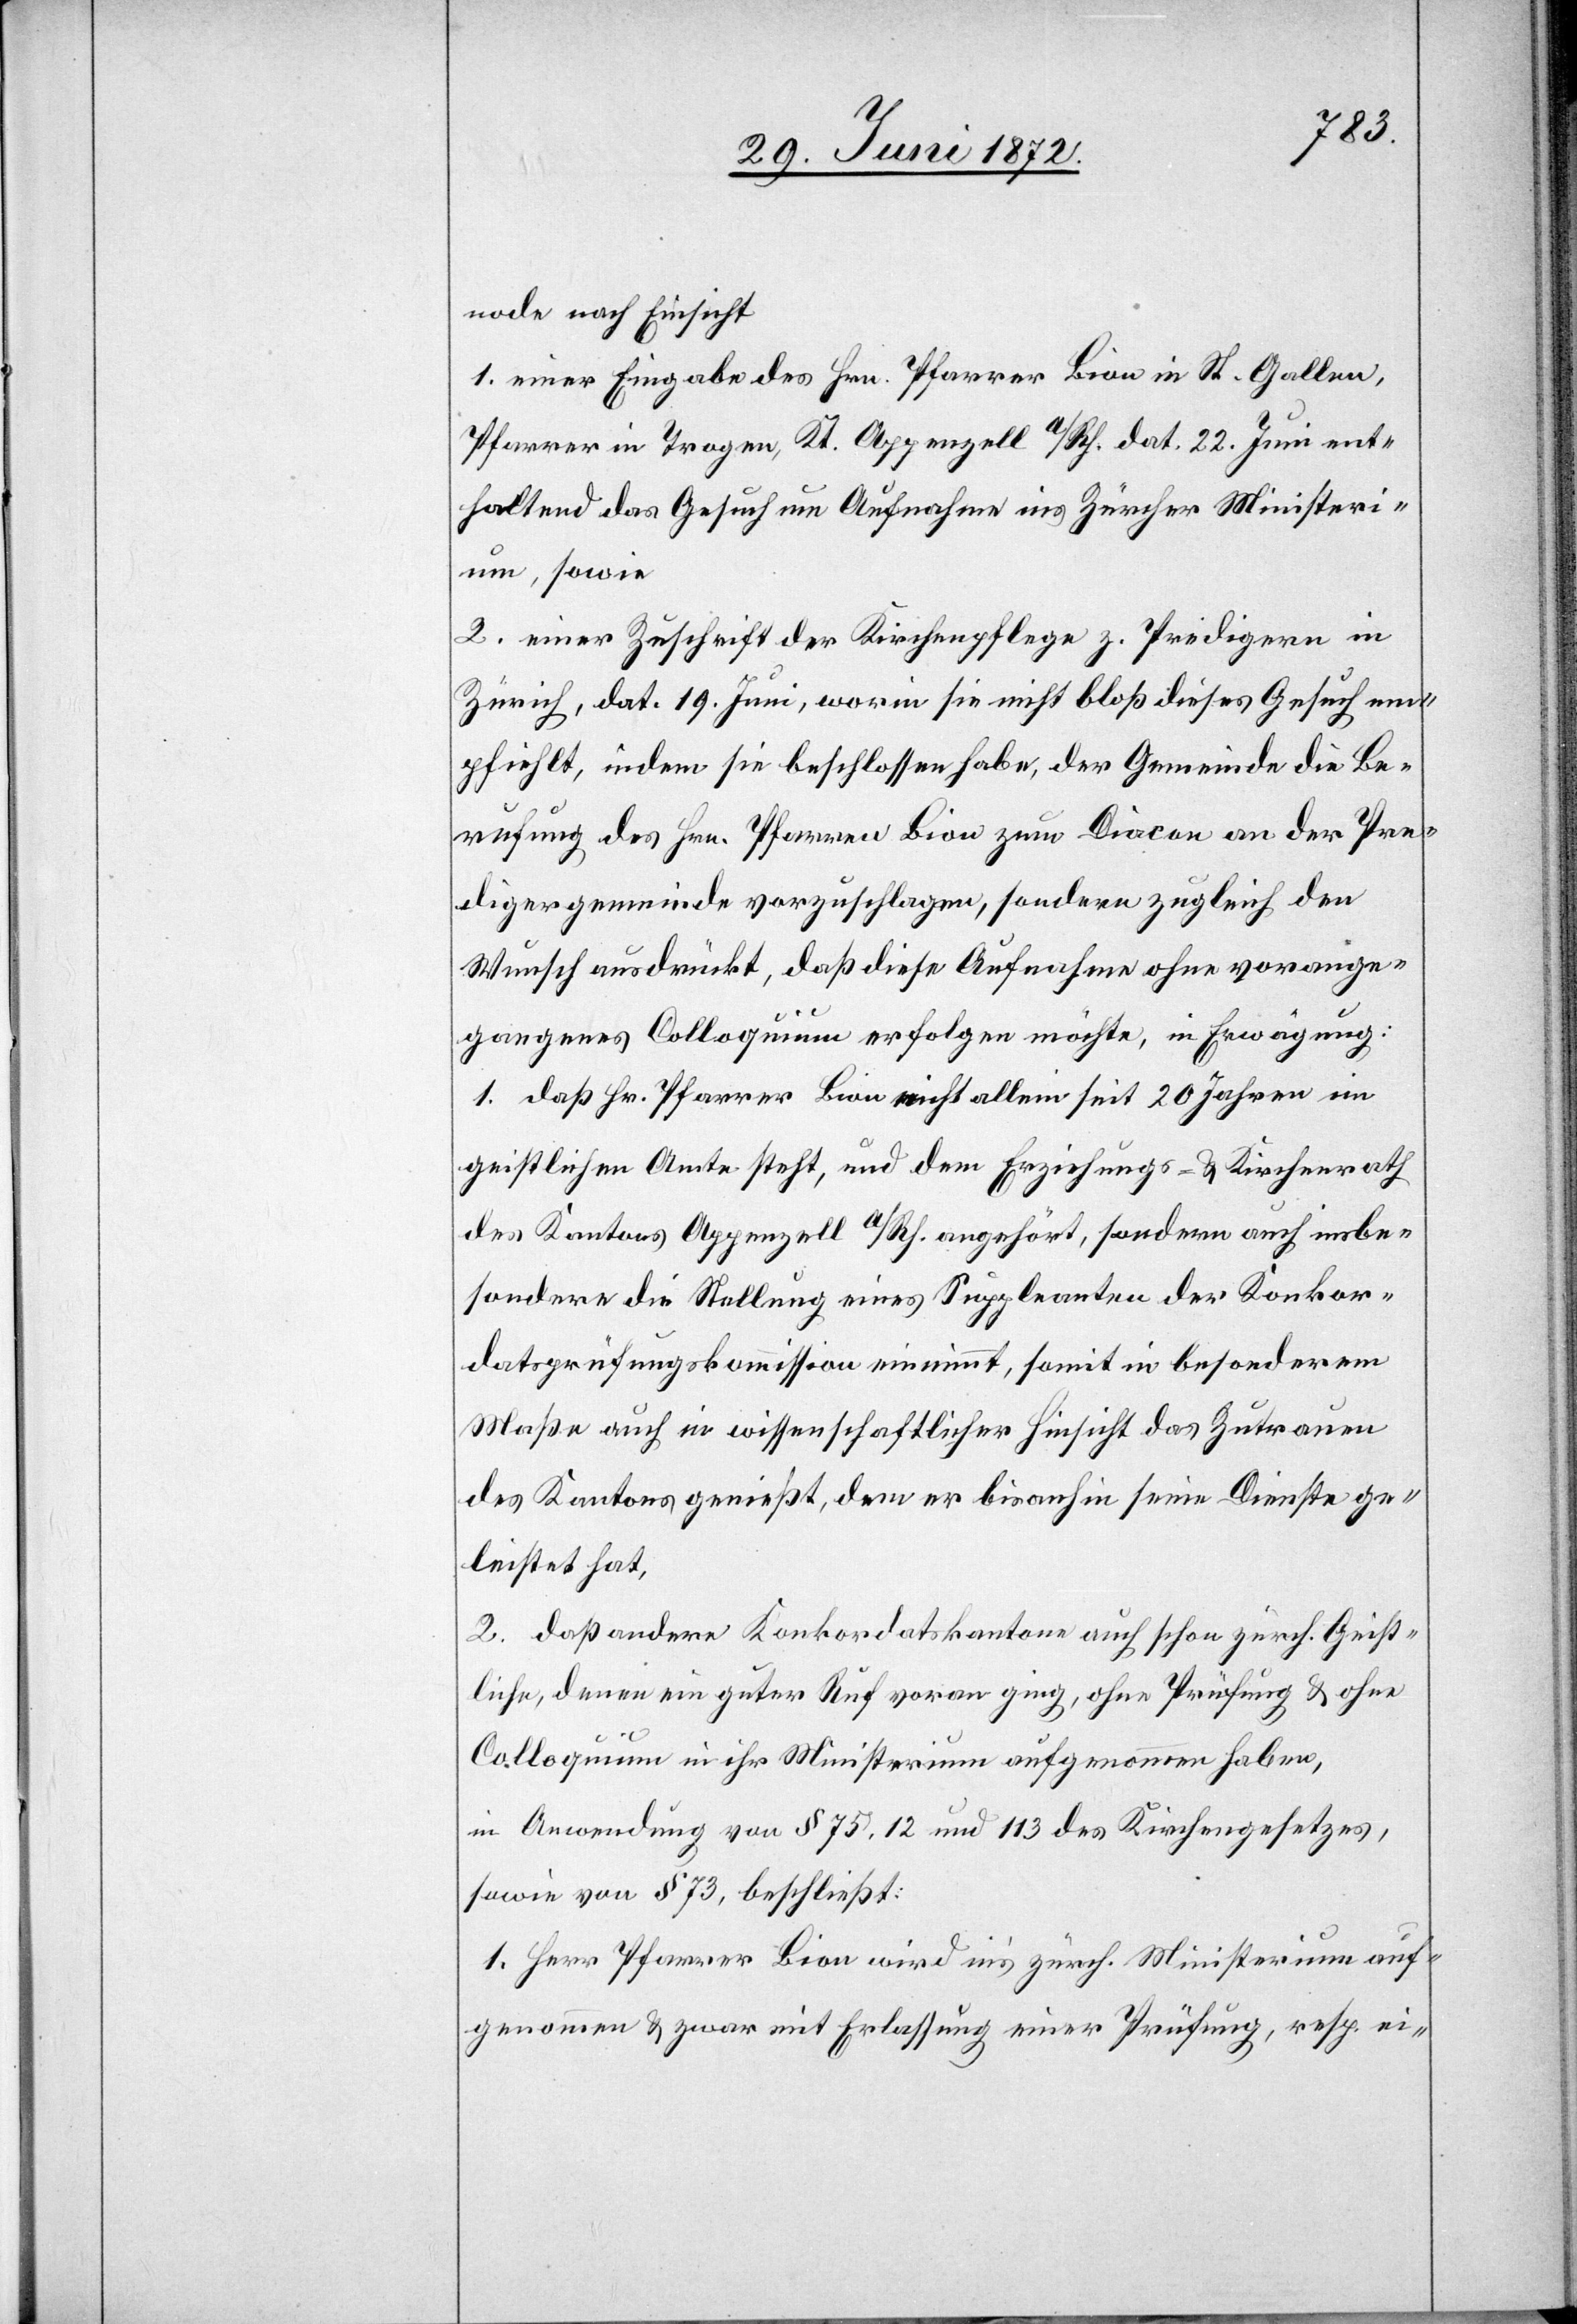
node nach Einsicht
1. einer Eingabe des Hrn. Pfarrer Bion in St. Gallen,
Pfarrer in Trogen, Kt. Appenzell a/Rh. dat. 22. Juni ent¬
haltend das Gesuch um Aufnahme ins Zürcher Ministeri¬
um, sowie
2. einer Zuschrift der Kirchenpflege z. Predigern in
Zürich, dat. 19. Juni, worin sie nicht bloß dieses Gesuch em¬
pfiehlt, indem sie beschlossen habe, der Gemeinde die Be¬
rufung des Hrn. Pfarren [sic!] Bion zum Diacon an der Pre¬
digergemeinde vorzuschlagen, sondern zugleich den
Wunsch ausdrückt, daß diese Aufnahme ohne vorange¬
gangenes Colloquium erfolgen möchte, in Erwägung:
1. daß Hr. Pfarrer Bion nicht allein seit 20 Jahren im
geistlichen Amte steht, und dem Erziehungs- u. Kirchenrath
des Kantons Appenzell a/Rh. angehört, sondern auch insbe¬
sondere die Stellung eines Suppleanten der Konkor¬
datsprüfungskommission einnimmt, somit in besonderem
Maße auch in wissenschaftlicher Hinsicht das Zutrauen
des Kantons genießt, dem er bisanhin seine Dienste ge¬
leistet hat,
2. daß andere Konkordatskantone auch schon zürch. Geist¬
liche, denen ein guter Ruf voran ging, ohne Prüfung u. ohne
Colloquium in ihr Ministerium aufgenommen haben,
in Anordnung von § 75, 12 und 113 des Kirchengesetzes,
sowie von § 73, beschließt:
1. Herr Pfarrer Bion wird in’s zürch. Ministerium auf¬
genommen u. zwar mit Erlassung einer Prüfung, resp. ei-